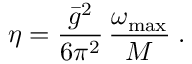
\eta = \frac { \bar { g } ^ { 2 } } { 6 \pi ^ { 2 } } \, \frac { \omega _ { \mathrm { m a x } } } { M } \; .